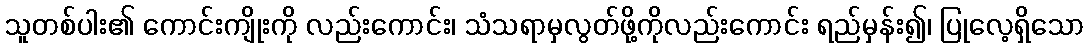
သူတစ်ပါး၏ ကောင်းကျိုးကို လည်းကောင်း၊ သံသရာမှလွတ်ဖို့ကိုလည်းကောင်း ရည်မှန်း၍၊ ပြုလေ့ရှိသော